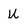
Character: U